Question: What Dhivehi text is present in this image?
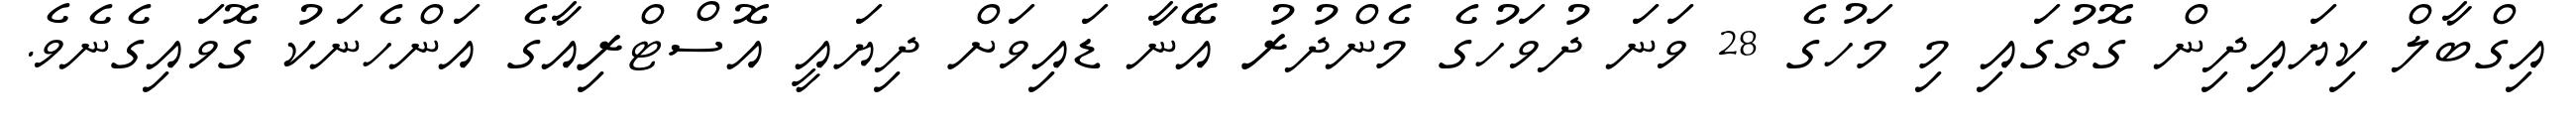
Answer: އިގްބާލް ކިޔައިދިން ގޮތުގައި މި މަހުގެ 28 ވަނަ ދުވަހުގެ މެންދުރު އޭނާ ޑައިވަށް ދިޔައީ އޮސްޓްރިއާގެ އަންހެނަކު ގޮވައިގެނެވެ.